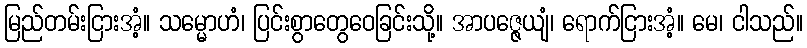
မြည်တမ်းငြားအံ့။ သမ္မောဟံ၊ ပြင်းစွာတွေဝေခြင်းသို့။ အာပဇ္ဇေယျံ၊ ရောက်ငြားအံ့။ မေ၊ ငါသည်။